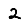
Digit: 2